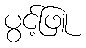
ပွင့်ဖြူ